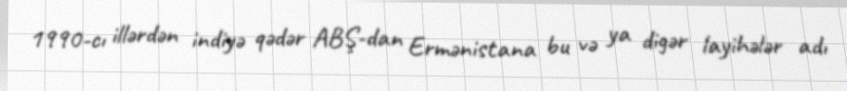
1990-cı illərdən indiyə qədər ABŞ-dan Ermənistana bu və ya digər layihələr adı